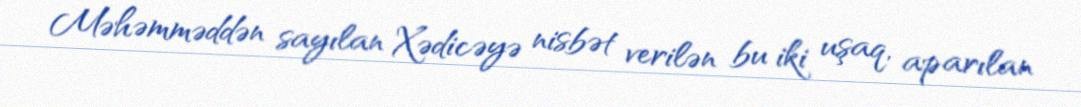
Məhəmməddən sayılan Xədicəyə nisbət verilən bu iki uşaq, aparılan